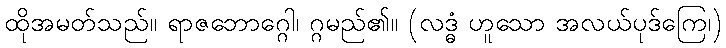
ထိုအမတ်သည်။ ရာဇဘောဂ္ဂေါ၊ ဂ္ဂမည်၏။ (လဒ္ဓံ ဟူသော အလယ်ပုဒ်ကြေ၊)